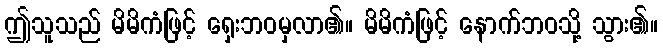
ဤသူသည် မိမိကံဖြင့် ရှေးဘဝမှလာ၏။ မိမိကံဖြင့် နောက်ဘဝသို့ သွား၏။